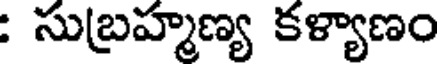
: సుబ్రహ్మణ్య కళ్యాణం